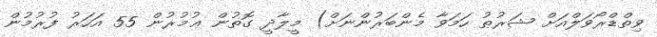
ވިތްޑްރޯވަލްއަށް ޝަރުޠު ހަމަވާ މެންބަރުންނަށް) މީލާދީ ގޮތުން ޢުމުރުން 55 އަހަރު ފުރުމުން